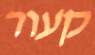
קעור